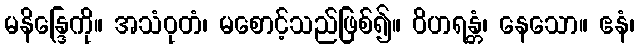
မနိန္ဒြေကို။ အသံဝုတံ၊ မစောင့်သည်ဖြစ်၍။ ဝိဟရန္တံ၊ နေသော။ ဧနံ၊